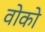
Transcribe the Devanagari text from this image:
वोको